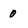
Character: 0